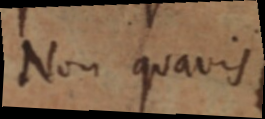
Non quavis